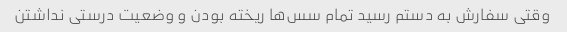
وقتی سفارش به دستم رسید تمام سس‌ها ریخته بودن و وضعیت درستی نداشتن